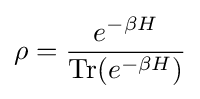
\rho ={\frac {e^{-\beta H}}{\operatorname {Tr} (e^{-\beta H})}}